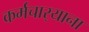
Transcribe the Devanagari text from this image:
कर्मचार्‍याना